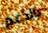
بالدعم